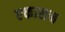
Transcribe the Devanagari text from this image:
एकासन